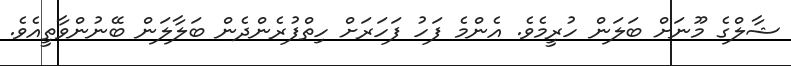
ޝާލްގެ މޫނަށް ބަލަން ހުރީމެވެ. އެންމެ ފަހު ފަހަރަށް ހިތްފުރެންދެން ބަލާލަން ބޭނުންވާތީއެވެ.